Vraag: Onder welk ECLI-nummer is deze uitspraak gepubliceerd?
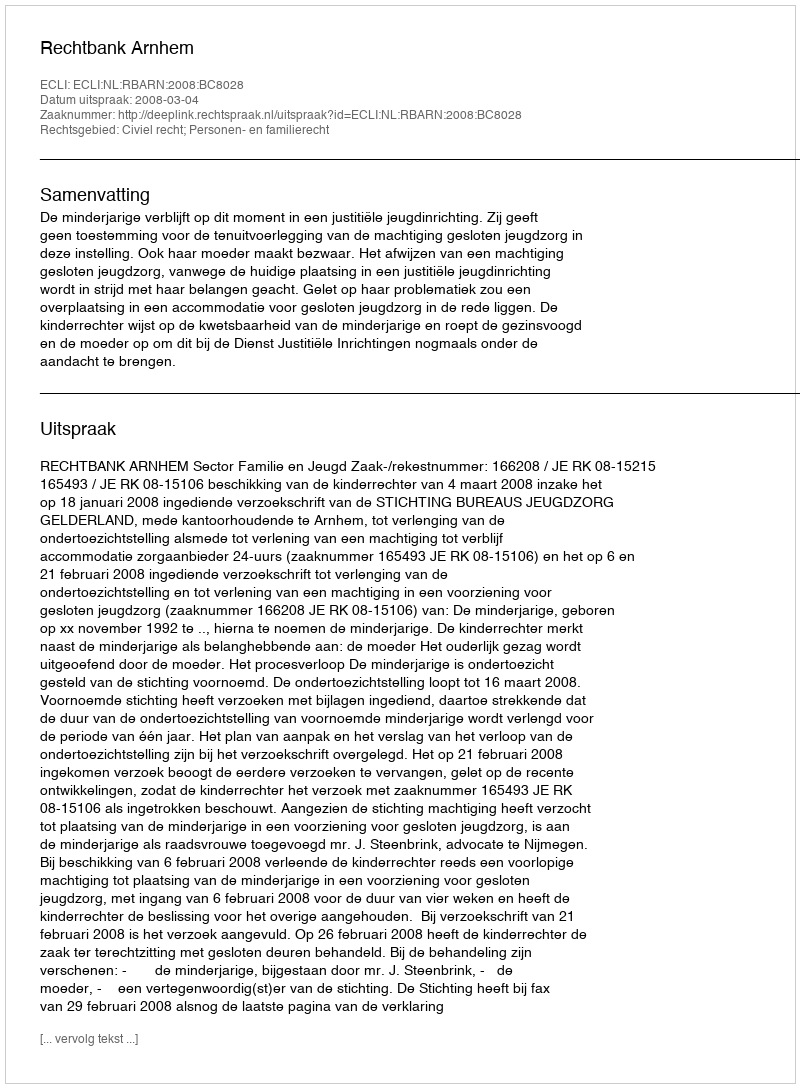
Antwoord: ECLI:NL:RBARN:2008:BC8028